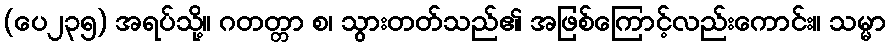
(ပေ၂၃၅) အရပ်သို့။ ဂတတ္တာ စ၊ သွားတတ်သည်၏ အဖြစ်ကြောင့်လည်းကောင်း။ သမ္မာ